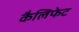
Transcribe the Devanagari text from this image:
कैलिफेट